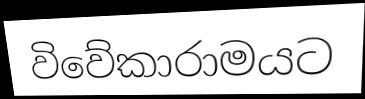
විවේකාරාමයට